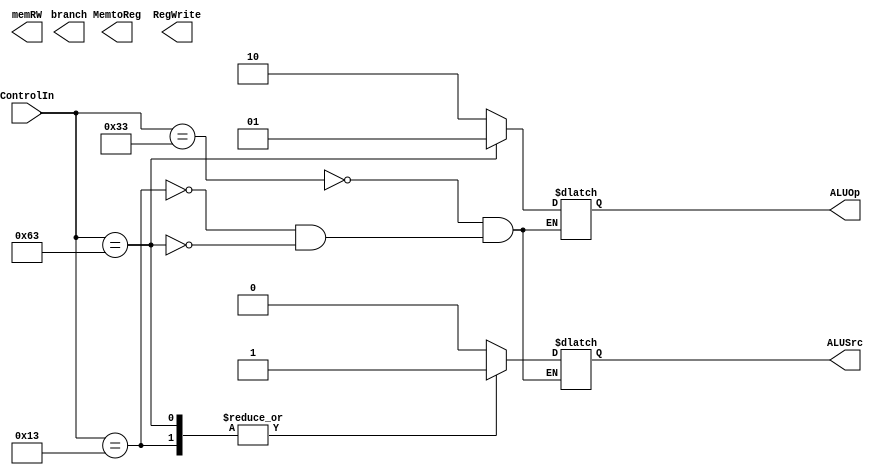
module Control(ControlIn, branch, memRW, MemtoReg, ALUOp, ALUSrc, RegWrite);


input [6:0] ControlIn;

output reg branch;
output reg memRW;
output reg MemtoReg;
output reg [1:0] ALUOp;
output reg ALUSrc;
output reg RegWrite;

always @(*) begin
    case(ControlIn)
    7'b0110011: begin // R-Type
        ALUOp = 2'b10;  
        ALUSrc = 0;
        end
    7'b0010011: begin // I-type
        ALUOp = 2'b10; 
        ALUSrc = 1;
        end
    7'b1100011: begin // B-type
        ALUOp = 2'b01; 
        ALUSrc = 1;
        end
    // 7'b0100011: $display("S-Type");
    // 7'b0000011: $display("I(Load)-Type");



    endcase


end

endmodule